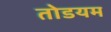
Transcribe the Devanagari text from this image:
तोडयम